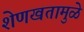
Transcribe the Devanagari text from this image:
शेणखतामुळे